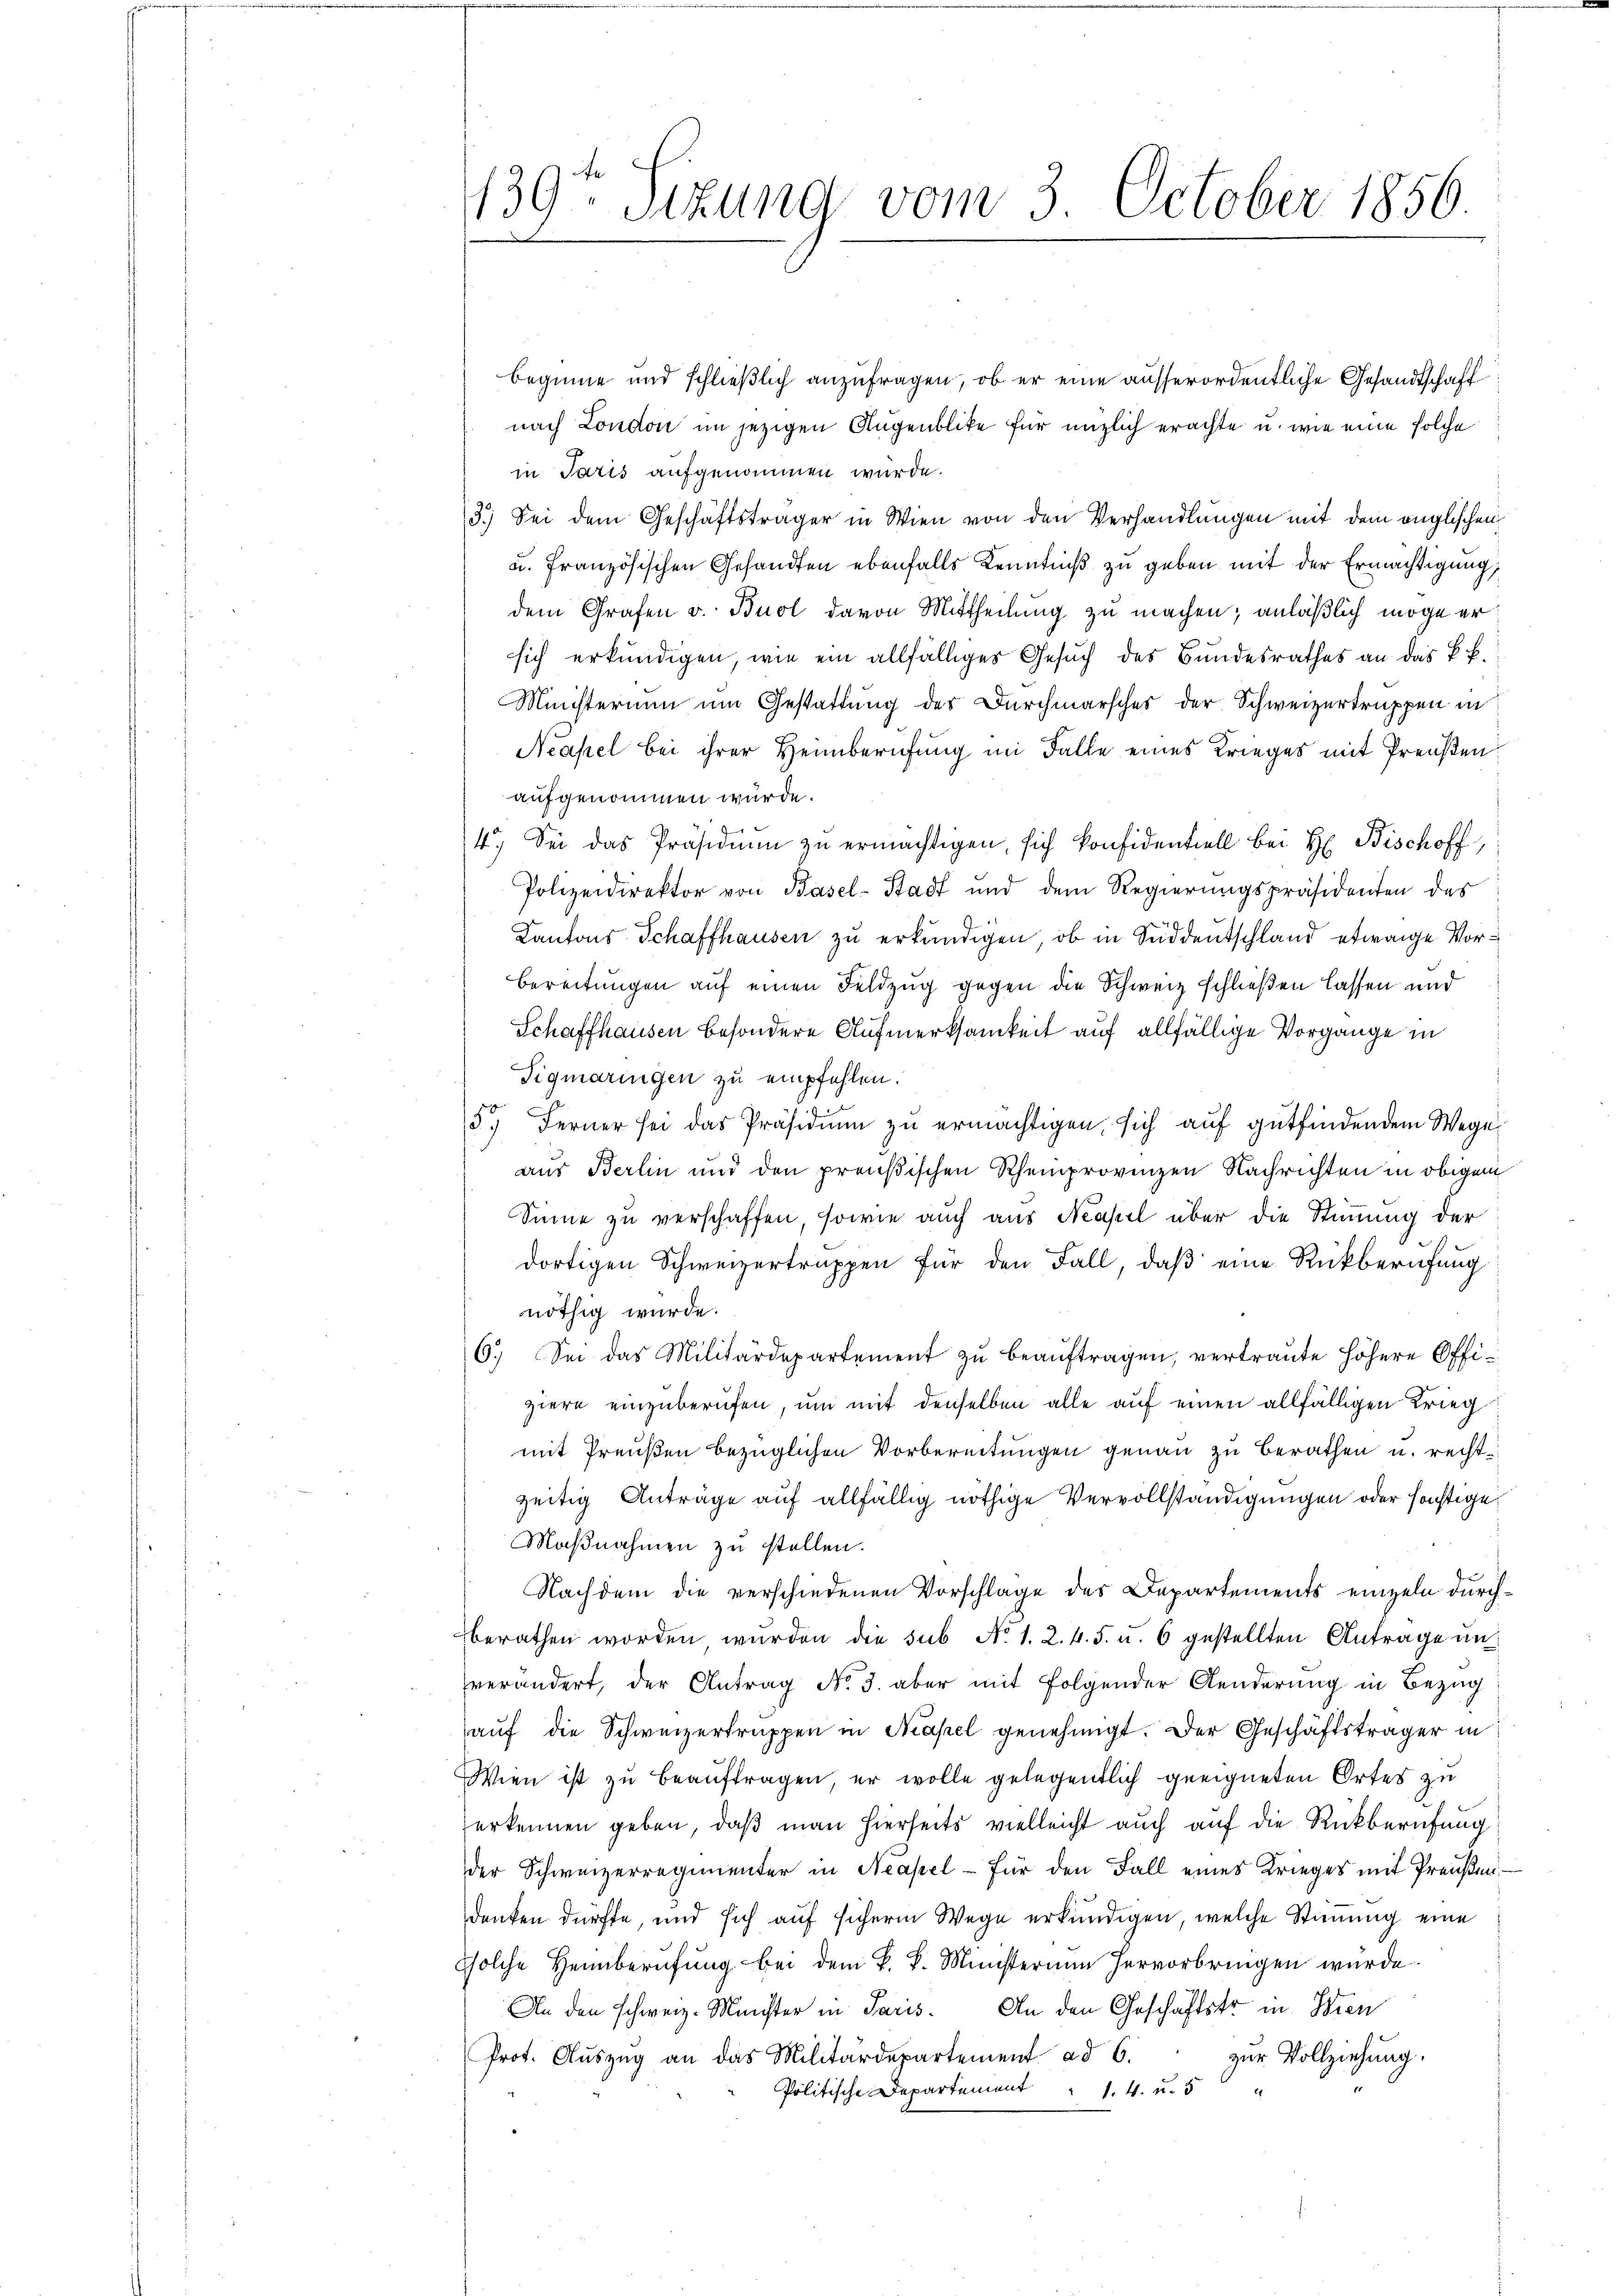
139te Sitzung vom 3. October 1856

beginne und schließlich anzufragen, ob er eine ausserordentliche Gesandtschaft
nach London im jezigen Augenblicke für unzlich erachte u. wie eine solche
in Paris aufgenommen wurde.
3.) Sei dem Geschäftsträger in Wien von den Verhandlungen mit dem englischen
u. französischen Gesandten ebenfalls Kenntniß zu geben mit der Ermächtigung,
dem Grafen v. Buol davon Mittheilung zu machen; anläßlich möge er
sich erkundigen, wie ein allfälliges Gesuch des Bundesrathes an das k. k.
Ministerium um Gestattung des Durchmarsches der Schweizertruppen in
Neapel bei ihrer Heimberufung im Falle eines Krieges mit Preußen
aufgenommen wurde.
4.) Sei das Präsidiŭm zŭ ermächtigen, sich konfidentiell bei H. Bischoff,
Polizeidirektor von Basel-Stadt und dem Regierungspräsidenten des
Kantons Schaffhausen zu erkundigen, ob in Süddeutschland etwaige Vor¬
Bereitungen auf einen Feldzug gegen die Schweiz schließen lassen und
Schaffhausen besondere Aufmerksamkeit auf allfällige Vorgange in
Tigmaringen zu empfehlen.
5. Ferner sei das Präsidiŭm zŭ ermächtigen, sich auf gutfindendem Wege
aus Berlin und den preußischen Rheinprovinzen Nachrichten in obigem
Sinne zu verschaffen, sowie auch aus Neapel über die Stimmung der
dortigen Schweizertruppen für den Fall, daß eine Rückberufung
nöthig wurde.
6.) Sei das Militärdepartement zŭ beaŭftragen, vertraute höhere Offiziere einzuberufen, um mit denselben alle auf einen allfälligen Krieg
mit Preußen bezüglichen Vorbereitungen genau zu berathen u. rechtzeitig Anträge auf allfällig nöthige Vervollständigungen oder sonstige
Maßnahmen zu stellen.
Nachdem die verschiedenen Vorschlage des Departements einzeln durchberathen worden wurden die sub No. 1. 2. 4. 5. u. 6 gestellten Antrage un
verändert, der Antrag No. 3. aber mit folgender Aenderung in Bezug
auf die Schweizertruppen in Kapel genehmigt. Der Geschäftsträger in
Wien ist zu beauftragen, er wolle gelegentlich geeigneten Ortes zu
erkennen geben, daß man hierheits vielleicht auch auf die Rückberufung
der Schweizerregimenter in Neapel - für den Fall eines Krieges mit Preußendenken dürfte, und sich auf sicherm Wege erkundigen, welche Stimmung eine
solche Heimberufung bei dem k. k. Münsterium hervorbringen würde.
An den schweiz. Münster in Paris. An den Geschäftstr in Wien
Prot. Aŭszŭg an das Militärdepartement ad 6. zŭr Vollziehŭng.
Politische Departement 14. u. 5 "